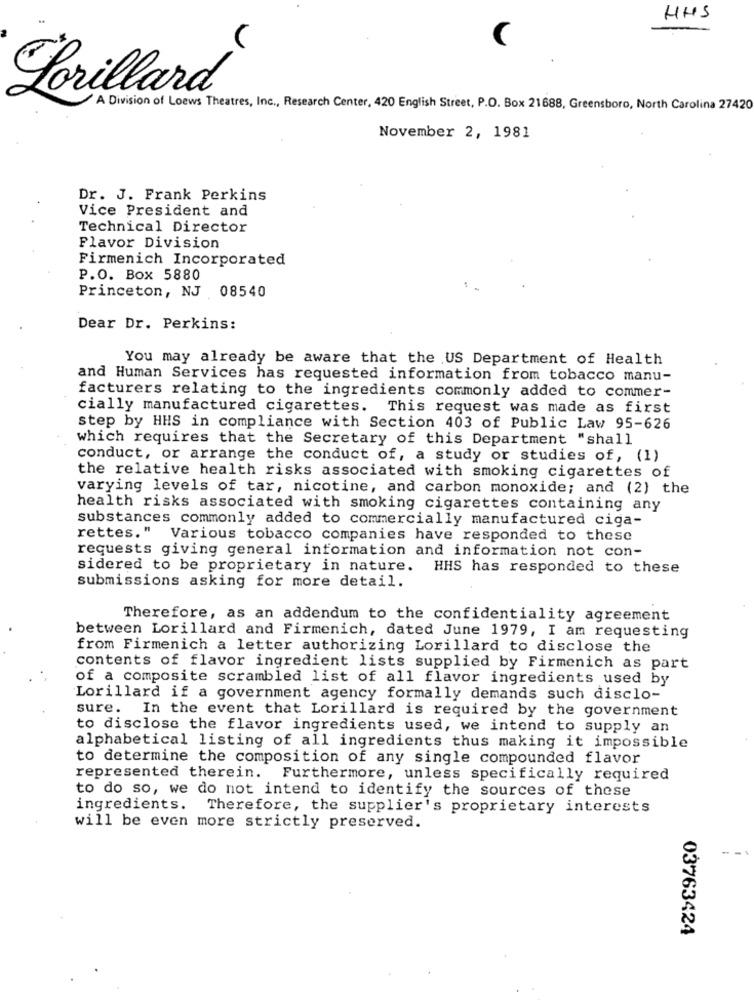
HHS
Lorillard
A Division of Loews Theatres, Inc ., Research Center, 420 English Street, P.O. Box 21688, Greensboro, North Carolina 27420
November 2, 1981
Dr. J. Frank Perkins
Vice President and
Technical Director
Flavor Division
Firmenich Incorporated
P.O. Box 5880
Princeton, NJ 08540
Dear Dr. Perkins:
You may already be aware that the US Department of Health
and Human Services has requested information from tobacco manu-
facturers relating to the ingredients commonly added to commer-
cially manufactured cigarettes. This request was made as first
step by HHS in compliance with Section 403 of Public Law 95-626
which requires that the Secretary of this Department "shall
conduct, or arrange the conduct of, a study or studies of, (1)
the relative health risks associated with smoking cigarettes of
varying levels of tar, nicotine, and carbon monoxide; and (2) the
health risks associated with smoking cigarettes containing any
substances commonly added to commercially manufactured ciga-
rettes. "
Various tobacco companies have responded to these
requests giving general information and information not con-
sidered to be proprietary in nature.
HHS has responded to these
submissions asking for more detail.
Therefore, as an addendum to the confidentiality agreement
between Lorillard and Firmenich, dated June 1979, I am requesting
from Firmenich a letter authorizing Lorillard to disclose the
contents of flavor ingredient lists supplied by Firmenich as part
of a composite scrambled list of all flavor ingredients used by
Lorillard if a government agency formally demands such disclo-
sure.
In the event that Lorillard is required by the government
to disclose the flavor ingredients used, we intend to supply an
alphabetical listing of all ingredients thus making it impossible
to determine the composition of any single compounded flavor
represented therein. Furthermore, unless specifically required
to do so, we do not intend to identify the sources of these
ingredients.
Therefore, the supplier's proprietary interests
will be even more strictly preserved.
03763424